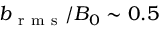
b _ { \mathrm { ~ r ~ m ~ s ~ } } / B _ { 0 } \sim 0 . 5